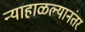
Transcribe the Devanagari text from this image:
न्याहाळल्यानंतर